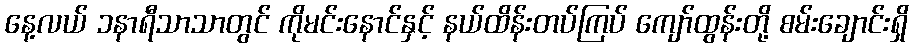
နေ့လယ် ၁နာရီသာသာတွင် ကိုမင်းနောင်နှင့် နယ်ထိန်းတပ်ကြပ် ကျော်ထွန်းတို့ စမ်းချောင်းရှိ